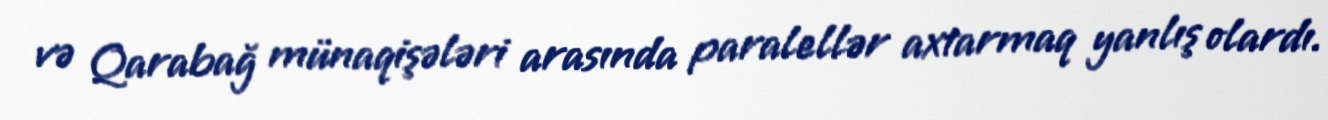
və Qarabağ münaqişələri arasında paralellər axtarmaq yanlış olardı.